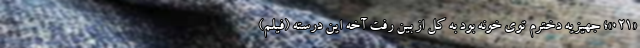
«021»؛ جهیزیه دخترم توی خونه بود به کل از بین رفت آخه این درسته (فیلم)